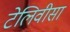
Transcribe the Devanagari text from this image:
टेलिवीसा